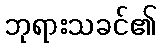
ဘုရားသခင်၏